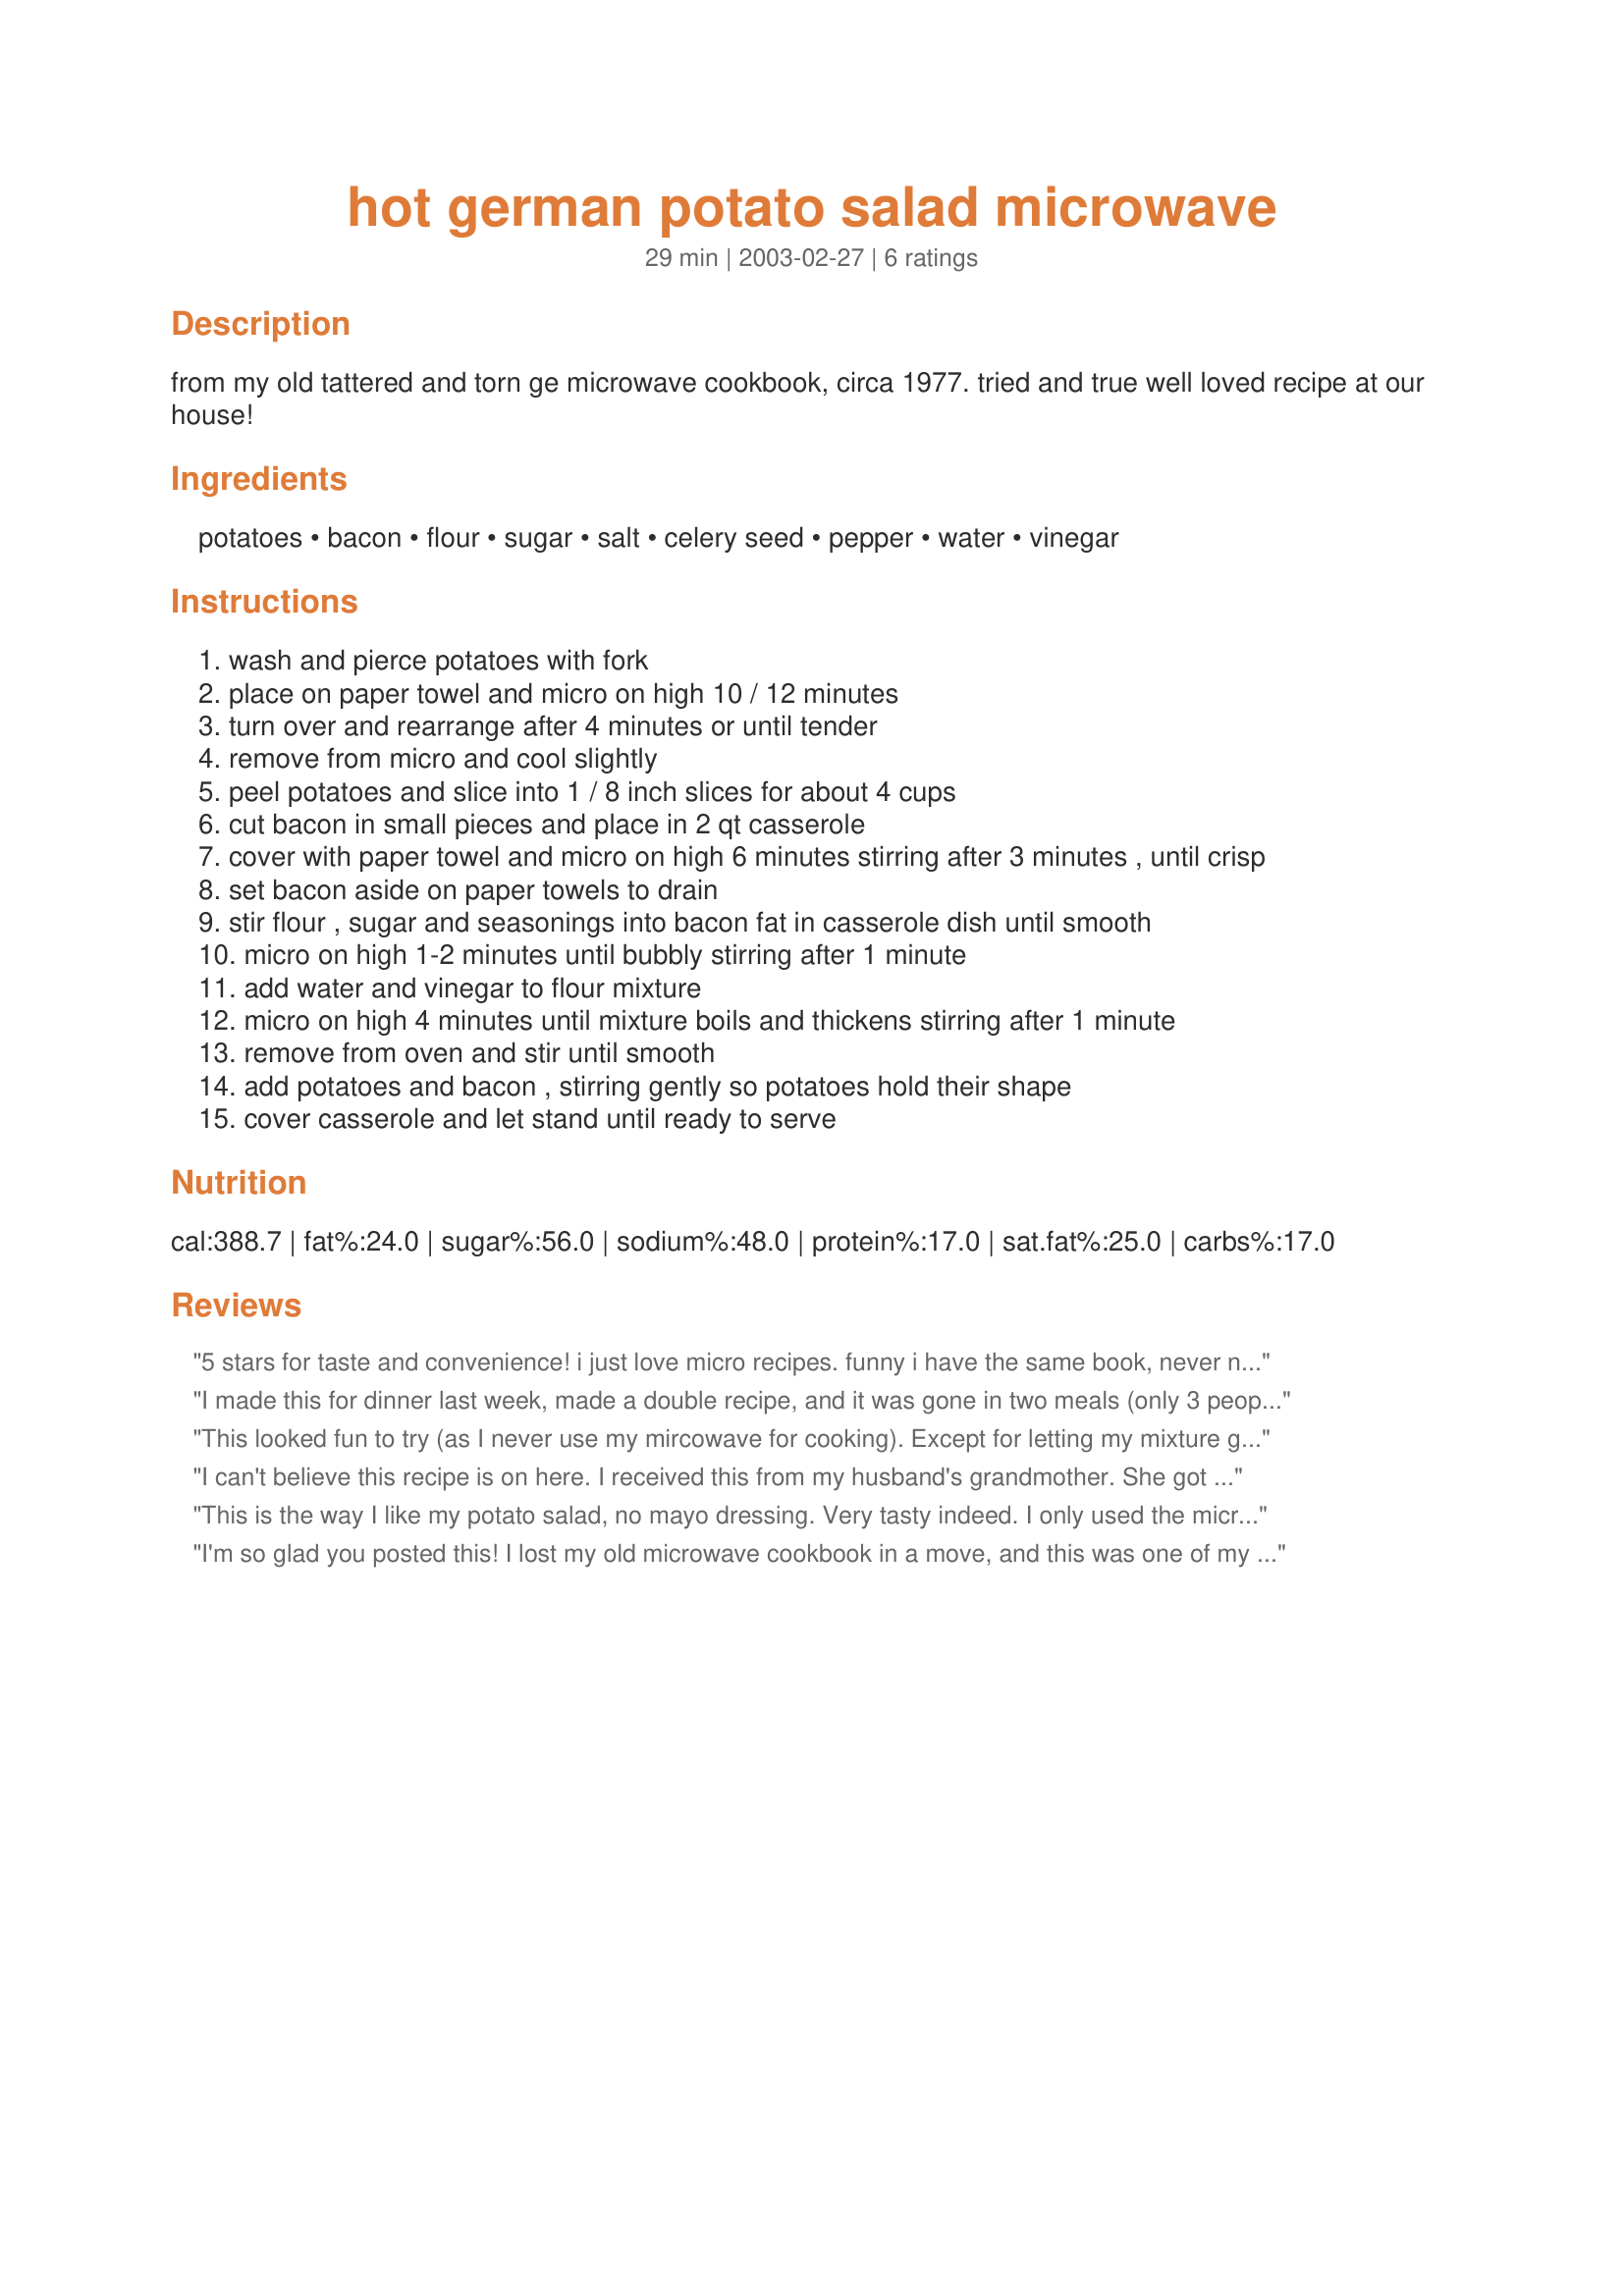
hot german potato salad microwave
Preparation time: 29 minutes

from my old tattered and torn ge microwave cookbook, circa 1977. tried and true well loved recipe at our house!

Ingredients:
potatoes, bacon, flour, sugar, salt, celery seed, pepper, water, vinegar

Steps:
wash and pierce potatoes with fork
place on paper towel and micro on high 10 / 12 minutes
turn over and rearrange after 4 minutes or until tender
remove from micro and cool slightly
peel potatoes and slice into 1 / 8 inch slices for about 4 cups
cut bacon in small pieces and place in 2 qt casserole
cover with paper towel and micro on high 6 minutes stirring after 3 minutes , until crisp
set bacon aside on paper towels to drain
stir flour , sugar and seasonings into bacon fat in casserole dish until smooth
micro on high 1-2 minutes until bubbly stirring after 1 minute
add water and vinegar to flour mixture
micro on high 4 minutes until mixture boils and thickens stirring after 1 minute
remove from oven and stir until smooth
add potatoes and bacon , stirring gently so potatoes hold their shape
cover casserole and let stand until ready to serve

Reviews:
5 stars for taste and convenience! i just love micro recipes. funny i have the same book, never noticed this recipe, thanks for bringing it to my attention, it's a keeper.

I made this for dinner last week, made a double recipe, and it was gone in two meals (only 3 people ate it!) this is reall y good and easy. I did use italian bread crumbs, and butter milk ranch dressing from the bottle. Will definately make this again.
This looked fun to try (as I never use my mircowave for cooking). Except for letting my mixture get lumpy, it turned out great (I used a sieve to strain the lumps out, though). I liked the vinegar ratio. Also, I used Hormel ready cooked bacon (I microwave first and then chopped). Thanks so much!
I can't believe this recipe is on here. I received this from my husband's grandmother. She got it from a lady at her hair salon that said it was amazing, and she was right. Nice to make this during the summer cause you don't have to heat up the whole house with the oven. Thanks for posting!
This is the way I like my potato salad, no mayo dressing. Very tasty indeed. I only used the micro for the spuds, because it's a wee bit old and I don't trust it do anything else other than heating things up. This recipe adapts itself very nicely to the stove.
I'm so glad you posted this! I lost my old microwave cookbook in a move, and this was one of my favorite recipes from it. Thanks!
